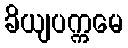
ခိယျပက္ကမေ